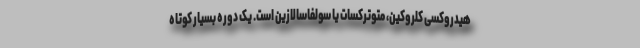
هیدروکسی کلروکین، متوترکسات یا سولفاسالازین است. یک دوره بسیار کوتاه